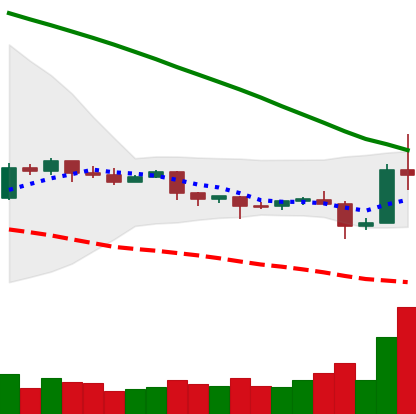
Ticker: EOS-USD
Chart end date: 2019-10-26
Forward return: 4.464%
Label: up_3_5